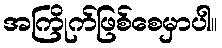
အကြိုက်ဖြစ်စေမှာပါ။